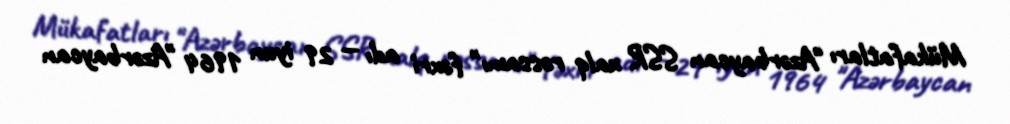
Mükafatları "Azərbaycan SSR xalq rəssamı" fəxri adı — 29 iyun 1964 "Azərbaycan